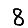
Digit: 8